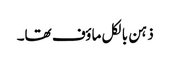
ذہن بالکل ماؤف تھا۔